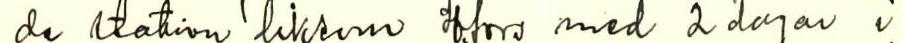
de station liksom Hfors med 2 dagar i